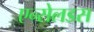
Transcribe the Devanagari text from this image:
एन्सेलडस